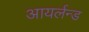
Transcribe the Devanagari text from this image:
आयर्लन्ड